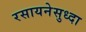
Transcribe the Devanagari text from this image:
रसायनेसुध्दा